system: You are a helpful assistant.
user:
Analyze the provided spectrum to determine if it is a **"Cataclysmic Variables (CV)"**.

- **Key Indicators for CV (Check for either state):**
    - **State 1: Quiescent / Low-State (Emission-Dominated)**
        - **(Primary):** Strong and *very broad* Hydrogen Balmer emission lines (e.g., $H\alpha$ at 6563 Å, $H\beta$ at 4861 Å). The 'broadness' (high velocity dispersion, often FWHM > 1000 km/s) is the key diagnostic, indicating a high-velocity accretion disk.
        - **(Secondary):** Broad neutral Helium (He I) emission lines (e.g., 5876 Å, 6678 Å).
        - **(Key Confirmation):** Presence of high-excitation *ionized* Helium (He II) emission at 4686 Å. This is a strong indicator of accretion onto a white dwarf.
        - **(Line Profile):** Emission lines may exhibit a 'double-peaked' profile, which is a classic signature of a rotating accretion disk viewed at high inclination.

    - **State 2: Outburst / High-State (Absorption-Dominated)**
        - **(Primary):** Spectrum is dominated by a bright, blue continuum (looks like a hot star).
        - **(Secondary):** The emission lines from State 1 are weak, absent, or 'filled in', and are replaced by broad, shallow *absorption* lines (primarily Balmer and He I).
        - **(Morphology):** The overall spectrum mimics a hot B/A-type star. The crucial difference is that the absorption lines are significantly broader, shallower, and more 'washed-out' (or 'smeared') than the sharp lines of a normal stellar photosphere, due to high rotational speeds and pressure broadening in the disk.

Think first, call **spectral_visualization_tool** if needed to examine features in detail, then provide your final answer. Your response must adhere to the following strict rules:
1.  **Overall Structure:** Your response must follow the format `<think>...</think> <tool_call>...</tool_call> (if a tool is used) <answer>...</answer>`.
2.  **Tool Usage Constraint:** You may only make **one** tool call per turn.
3.  **Final Answer Format:** In the `<answer>` tag, your conclusion must be inside a `\boxed{}` command (e.g., `\boxed{YES}`), followed by your justification.

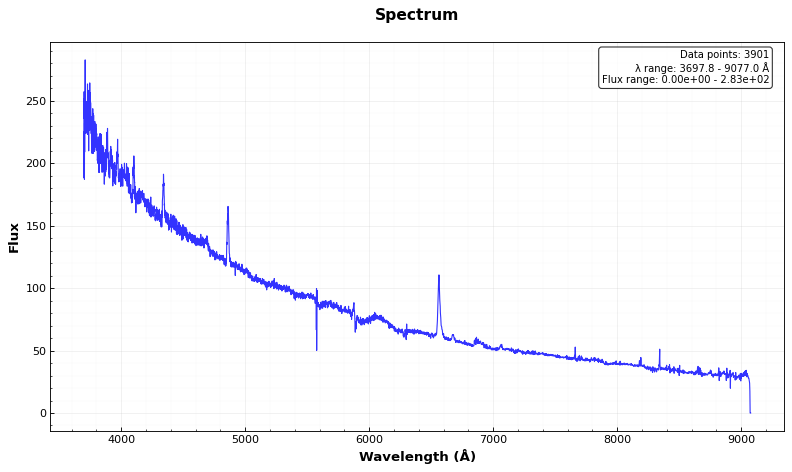
Answer: YES